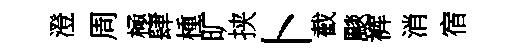
澄周極肆㮔旷挟卜截颷裤消宿